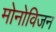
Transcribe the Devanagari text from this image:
मोनोविजन